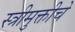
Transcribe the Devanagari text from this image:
स्त्रीमुक्तीचे